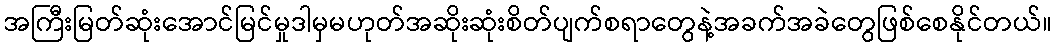
အကြီးမြတ်ဆုံးအောင်မြင်မှုဒါမှမဟုတ်အဆိုးဆုံးစိတ်ပျက်စရာတွေနဲ့အခက်အခဲတွေဖြစ်စေနိုင်တယ်။